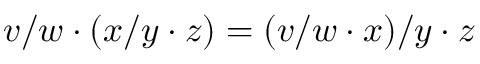
v / w \cdot ( x / y \cdot z ) = ( v / w \cdot x ) / y \cdot z